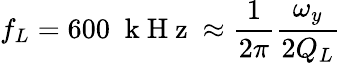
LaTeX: f_{L}=600\; \mathrm{~k~H~z~}\approx\frac{1}{2\pi}\frac{\omega_{y}}{2Q_{L}}